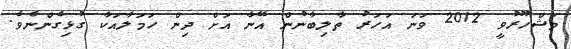
މަޝްހޫރުވީ 2012 ވަނަ އަހަރު ތާލިބާނުން އޭނާ އަށް ދިން ހަމަލާއަކާ ގުޅިގެންނެވެ.